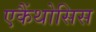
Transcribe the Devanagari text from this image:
एकैंथोसिस